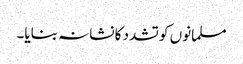
مسلمانوں کو تشدد کا نشانہ بنایا۔